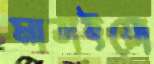
মাতাইয়ো